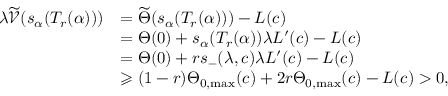
\begin{array} { r l } { \lambda \widetilde { \mathcal { V } } ( s _ { \alpha } ( T _ { r } ( \alpha ) ) ) } & { = \widetilde { \Theta } ( s _ { \alpha } ( T _ { r } ( \alpha ) ) ) - L ( c ) } \\ & { = { \Theta } ( 0 ) + s _ { \alpha } ( T _ { r } ( \alpha ) ) \lambda L ^ { \prime } ( c ) - L ( c ) } \\ & { = { \Theta } ( 0 ) + r s _ { - } ( \lambda , c ) \lambda L ^ { \prime } ( c ) - L ( c ) } \\ & { \geqslant ( 1 - r ) { \Theta } _ { 0 , \operatorname* { m a x } } ( c ) + 2 r { \Theta } _ { 0 , \operatorname* { m a x } } ( c ) - L ( c ) > 0 , } \end{array}